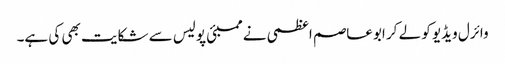
وائرل ویڈیو کو لے کر ابوعاصم اعظمی نے ممبئی پولیس سے شکایت بھی کی ہے۔